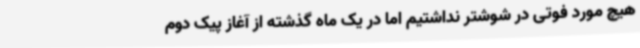
هیچ مورد فوتی در شوشتر نداشتیم اما در یک ماه گذشته از آغاز پیک دوم